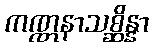
ကဏ္ဏနာသစ္ဆိန္နာ